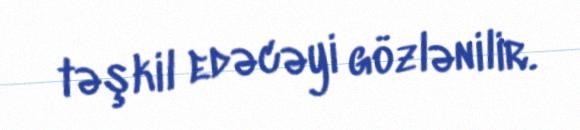
təşkil edəcəyi gözlənilir.